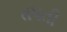
તપતી